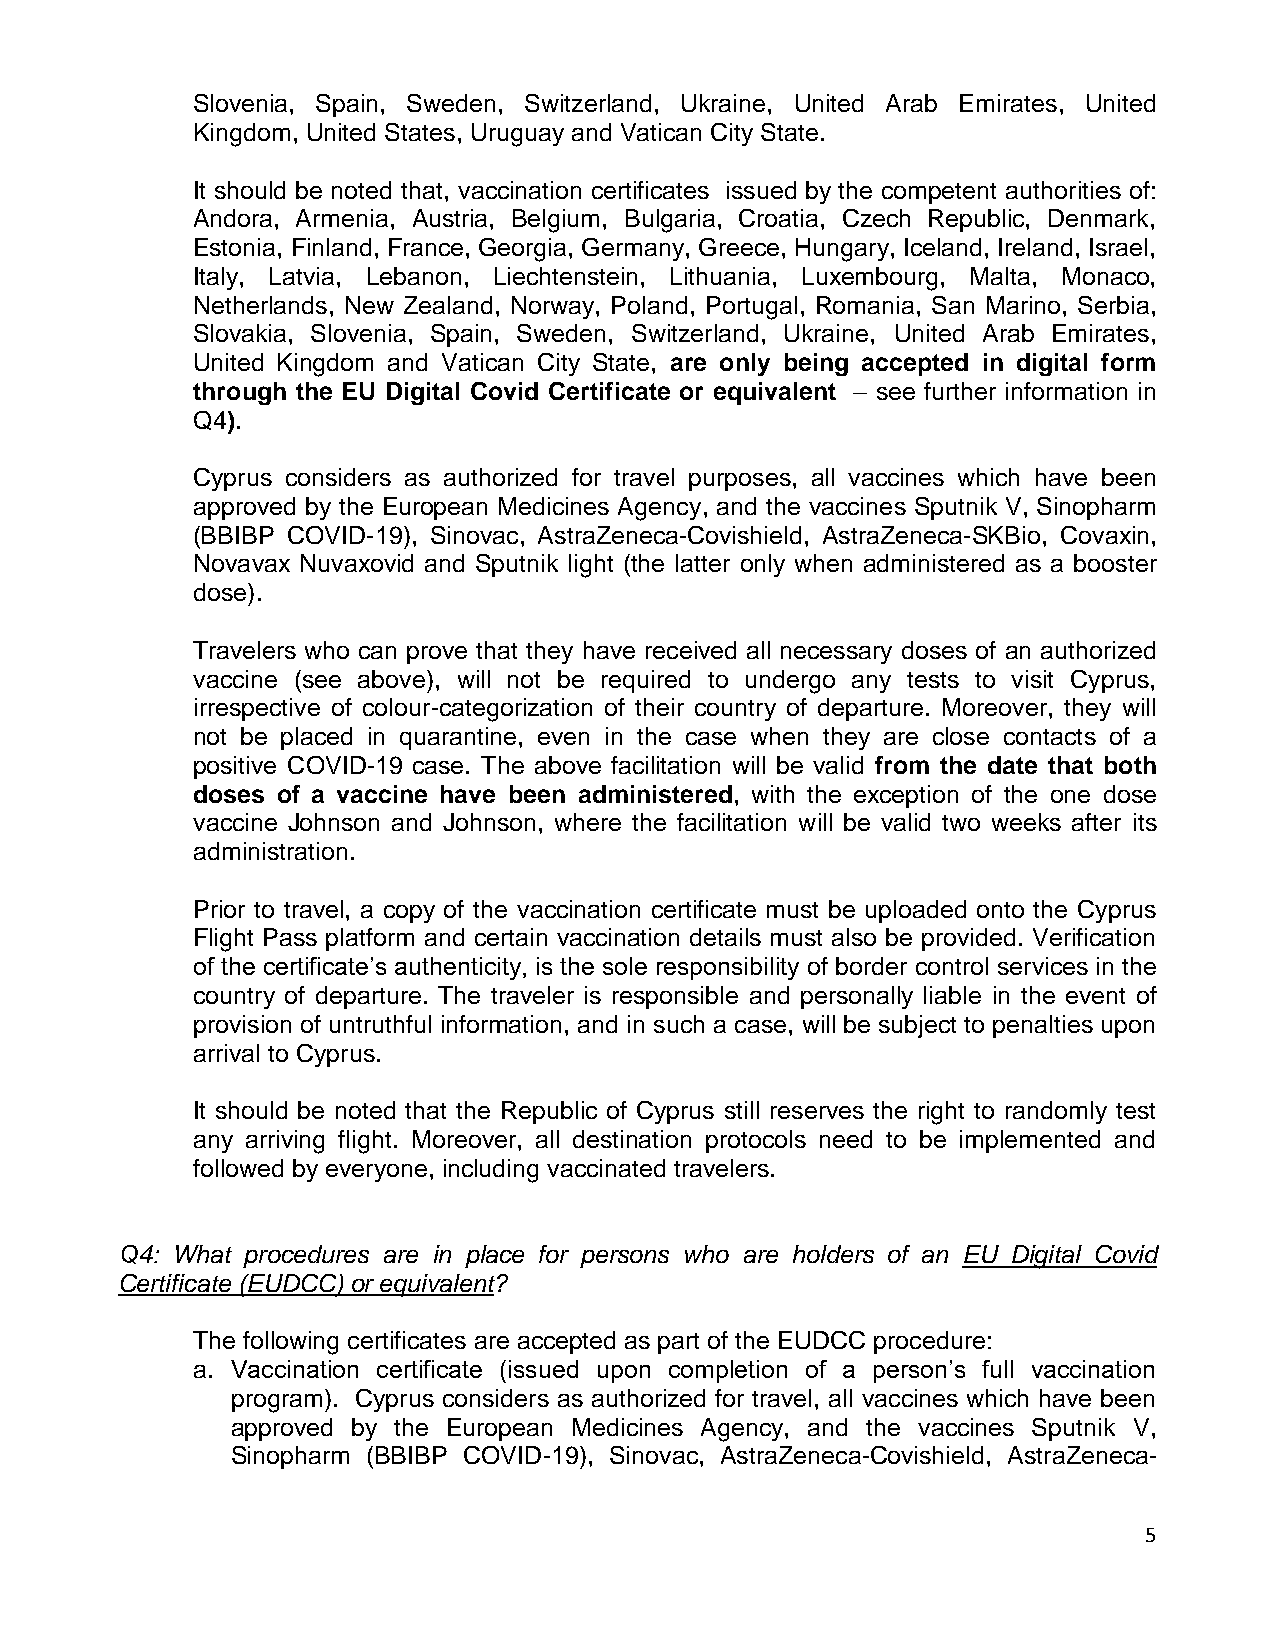
Slovenia, Spain, Sweden, Switzerland, Ukraine, United Arab Emirates, United
 Kingdom, United States, Uruguay and Vatican City State.
 It should be noted that, vaccination certificates issued by the competent authorities of:
 Andora, Armenia, Austria, Belgium, Bulgaria, Croatia, Czech Republic, Denmark,
 Estonia, Finland, France, Georgia, Germany, Greece, Hungary, Iceland, Ireland, Israel,
 Italy, Latvia, Lebanon, Liechtenstein, Lithuania, Luxembourg, Malta, Monaco,
 Netherlands, New Zealand, Norway, Poland, Portugal, Romania, San Marino, Serbia,
 Slovakia, Slovenia, Spain, Sweden, Switzerland, Ukraine, United Arab Emirates,
 United Kingdom and Vatican City State, are only being accepted in digital form
 through the EU Digital Covid Certificate or equivalent – see further information in
 Q4).
 Cyprus considers as authorized for travel purposes, all vaccines which have been
 approved by the European Medicines Agency, and the vaccines Sputnik V, Sinopharm
 (BBIBP COVID-19), Sinovac, AstraZeneca-Covishield, AstraZeneca-SKBio, Covaxin,
 Novavax Nuvaxovid and Sputnik light (the latter only when administered as a booster
 dose).
 Travelers who can prove that they have received all necessary doses of an authorized
 vaccine (see above), will not be required to undergo any tests to visit Cyprus,
 irrespective of colour-categorization of their country of departure. Moreover, they will
 not be placed in quarantine, even in the case when they are close contacts of a
 positive COVID-19 case. The above facilitation will be valid from the date that both
 doses of a vaccine have been administered, with the exception of the one dose
 vaccine Johnson and Johnson, where the facilitation will be valid two weeks after its
 administration.
 Prior to travel, a copy of the vaccination certificate must be uploaded onto the Cyprus
 Flight Pass platform and certain vaccination details must also be provided. Verification
 of the certificate’s authenticity, is the sole responsibility of border control services in the
 country of departure. The traveler is responsible and personally liable in the event of
 provision of untruthful information, and in such a case, will be subject to penalties upon
 arrival to Cyprus.
 It should be noted that the Republic of Cyprus still reserves the right to randomly test
 any arriving flight. Moreover, all destination protocols need to be implemented and
 followed by everyone, including vaccinated travelers.
 Q4: What procedures are in place for persons who are holders of an EU Digital Covid
 Certificate (EUDCC) or equivalent?
 The following certificates are accepted as part of the EUDCC procedure:
 a. Vaccination certificate (issued upon completion of a person’s full vaccination
 program). Cyprus considers as authorized for travel, all vaccines which have been
 approved by the European Medicines Agency, and the vaccines Sputnik V,
 Sinopharm (BBIBP COVID-19), Sinovac, AstraZeneca-Covishield, AstraZeneca-
 5